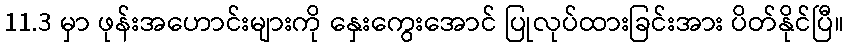
11.3 မှာ ဖုန်းအဟောင်းများကို နှေးကွေးအောင် ပြုလုပ်ထားခြင်းအား ပိတ်နိုင်ပြီ။